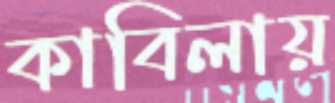
কাবিলায়